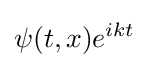
\psi (t,x)e^{ikt}